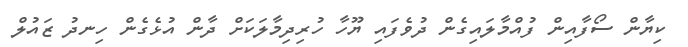
ކިޔާން ސޯފާއިން ފުއްމާލައިގެން ދުވެފައި ޔޫހާ ހުރިދިމާލަކަށް ދާން އުޅެގެން ހިނދު ޒައުލް